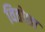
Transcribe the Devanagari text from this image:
वितोशा